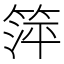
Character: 𬕘